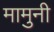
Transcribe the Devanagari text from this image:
मामुनी